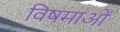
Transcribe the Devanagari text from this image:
विषमाओं